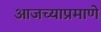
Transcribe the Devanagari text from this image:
आजच्याप्रमाणे